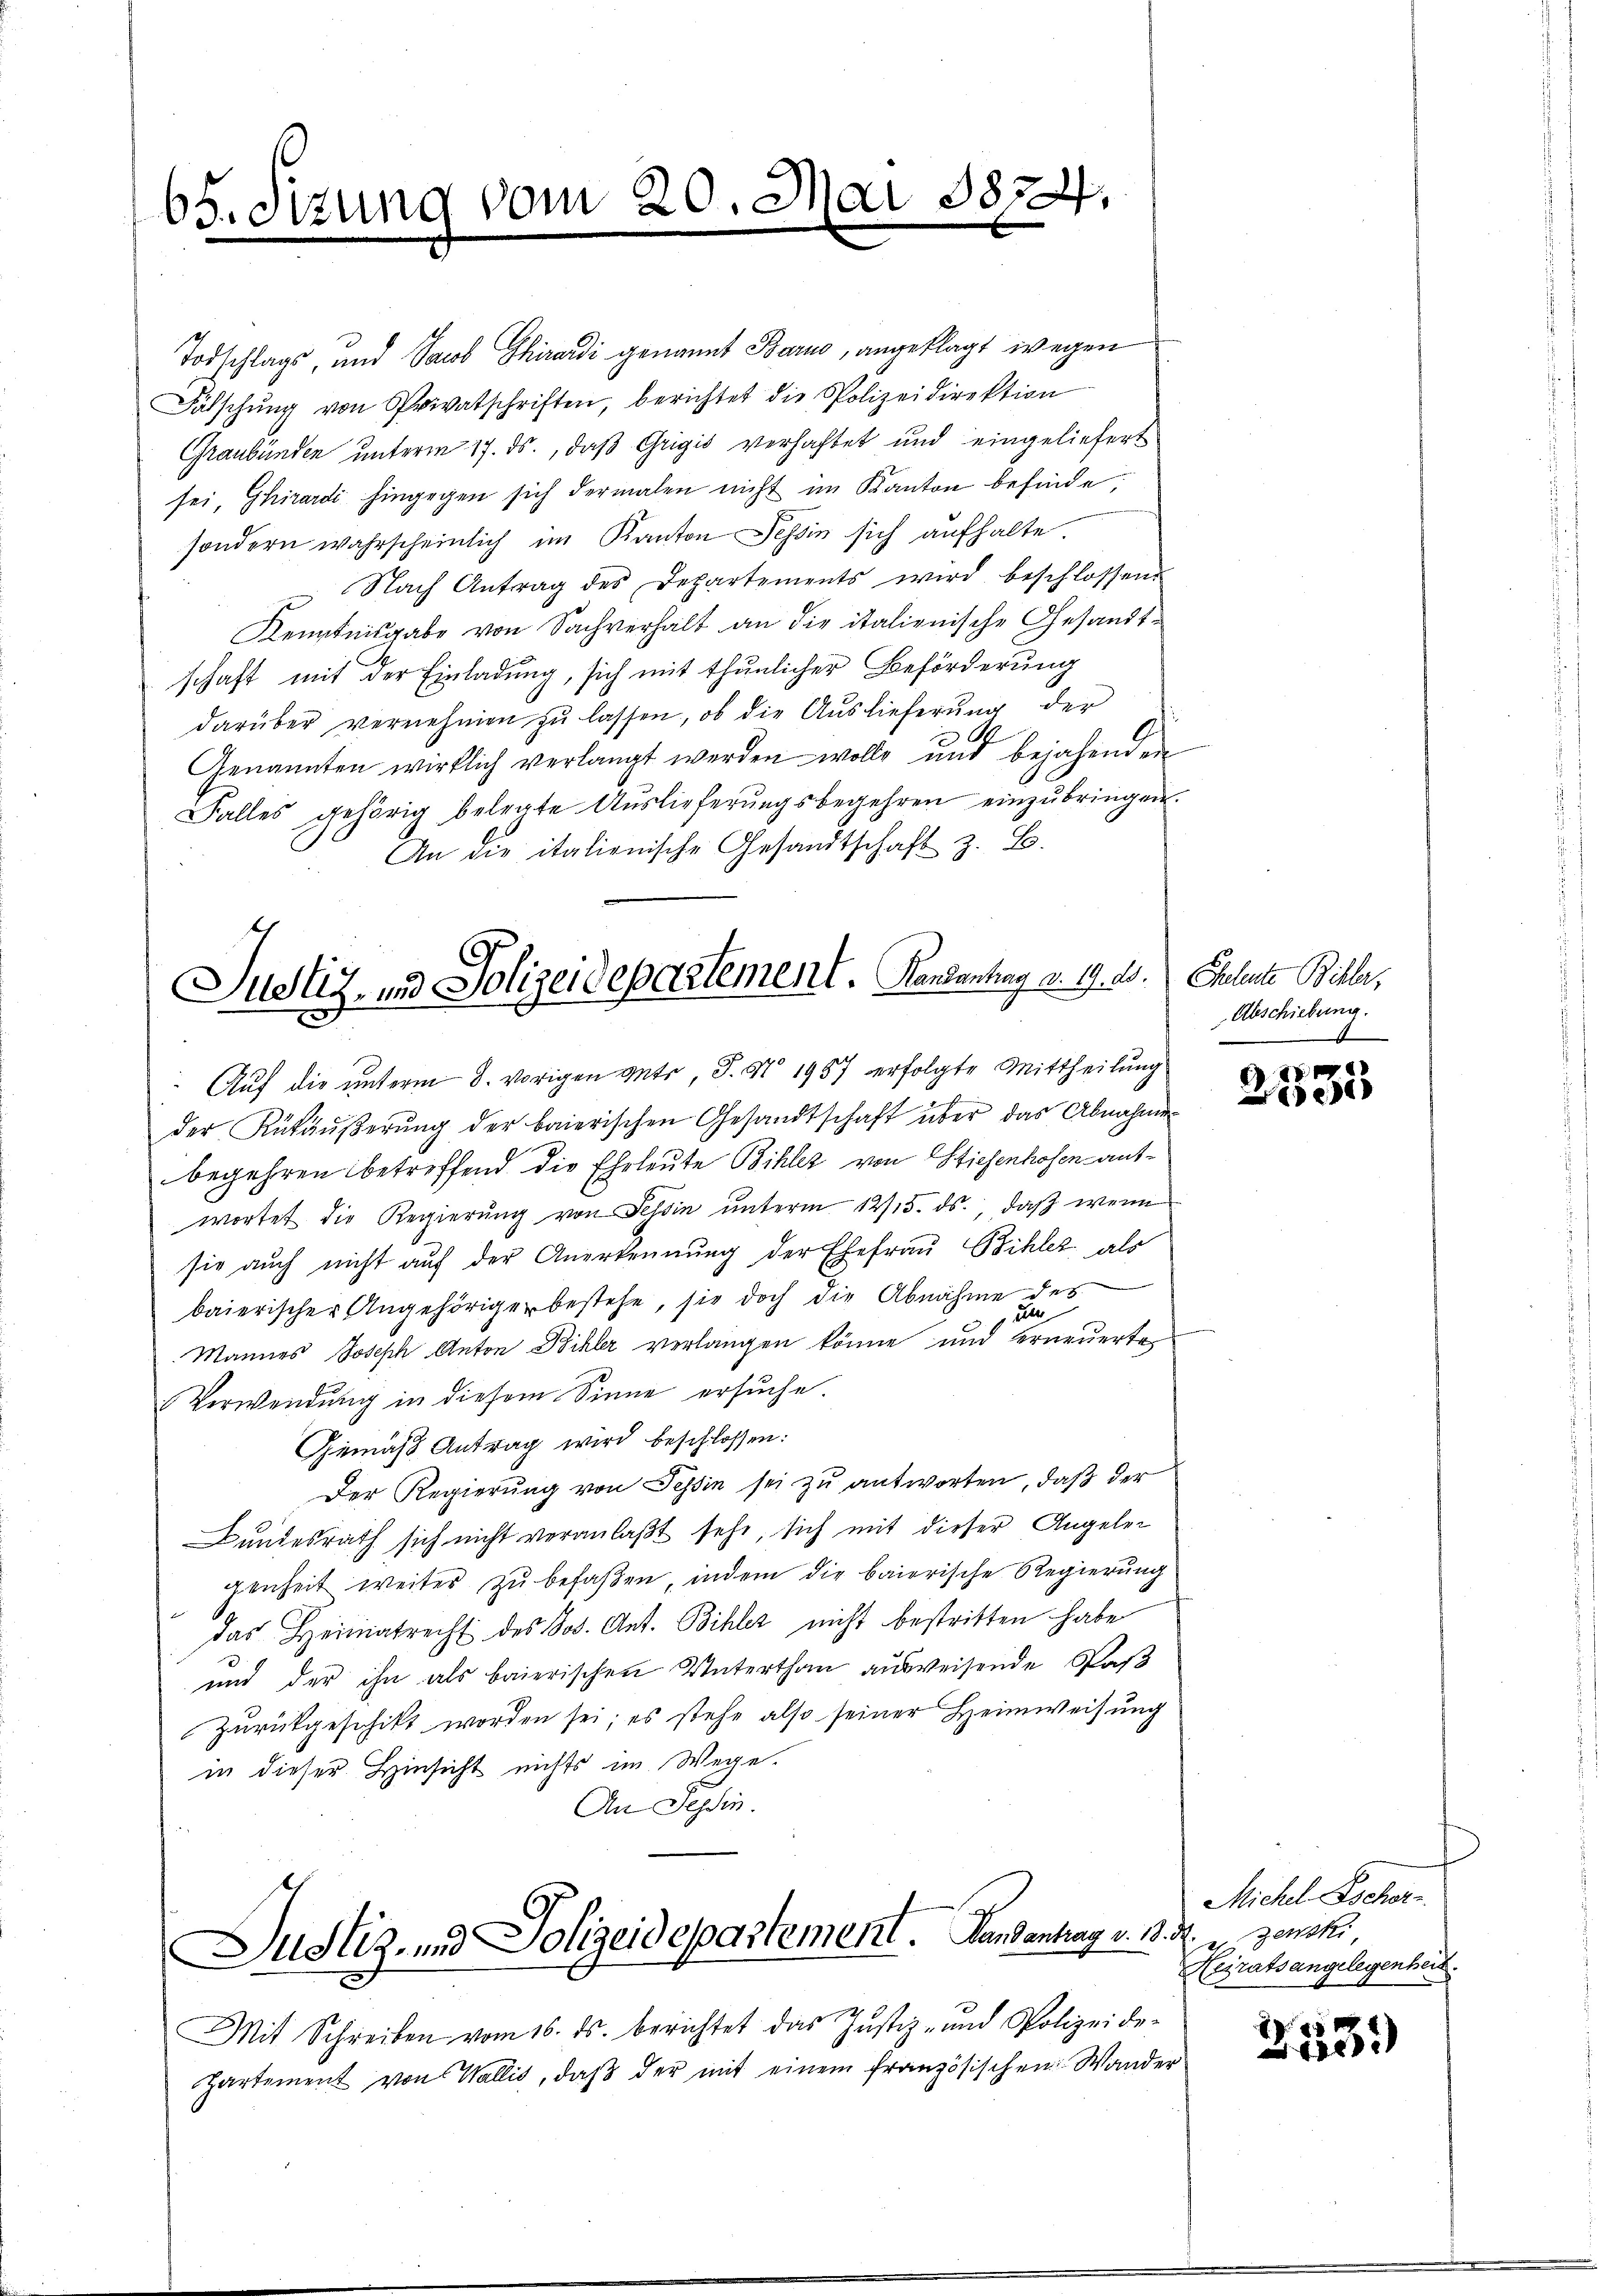
65. Sitzung vom 20. Mai 18824.

Todschlags, und Jacob Ghirardi genannt Barus, angeklagt wegen
Fälschŭng von Privatschriften, berichtet die Polizeidirektion
Graubünden unterm 17. ds., daß Grigić verhaftet und eingeliefert
sei, Girardi hingegen sich dermalen nicht im Kanton befinde,
sondern wahrscheinlich im Kanton Tessin sich aufhalte.
 Nach Antrag des Departements wird beschlossen.
Kenntnisgabe von Sachverhalt an die italienische Gesandtschaft mit der Einladung, sich mit thunlicher Beförderung
darüber vernehmen zu lassen, ob die Auslieferung der
Genannten wirklich verlangt werden wolle und bejahenden
Falles gehörig belegte Aŭslieferŭngsbegehren einzŭbringen.
An die italienische Gesandtschaft z. B.
Justiz- und Polizeidepartement. Kanzentrag d. 19. ds. Eheleute Bille,

Auf die unterm 8. vorigen gute, P. Nr. 1957 erfolgte Mittheilung
der Rükäŭβerŭng der baierischen Gesandtschaft über das Abnahme
begehren betreffend die Eheleute Bihlez von Stiefenhofen antwortet die Regierung von Schin unterm 12/15. ds., daß wenn
sie auch nicht auf der Anerkennung der Ehefrau Bihler als
baierischer Angehöriger bestehe, sie doch die Abnahme des
e
e
Mannes Joseph Anton Bihler verlangen könne und erneuerte
Verwendung in diesem Sinne ersuche.
Gemäß Antrag wird beschlossen:
Der Regierung von Tessin sei zu antworten, daß der
Bundesrath sich nicht veranlaßt sehe, sich mit dieser Angelei
genheit weiter zu befaßen, indem die baierische Regierung
das Heimatrecht des Jos. Ant. Bichler nicht bestritten habe
und der ihn als baierischen Unterthan ausweisende Pas
Zurückgeschikt worden sei; es stehe also seiner Heimweisung
in dieser Hinsicht nichts im Wege.
An Tessin.
Justiz- und Polizeidepartement. Landantrag v. 13. 34. Zenski,
h
Mit Schreiben vom 16. ds. berichtet das Justiz- und Polizeide-
hartement von Wallis, daß der mit einem französischen Wander

Abschiebung.
A

G
e

Michel Escher
Heiratsangelegenheit.

2115)